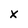
Character: x